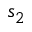
s _ { 2 }